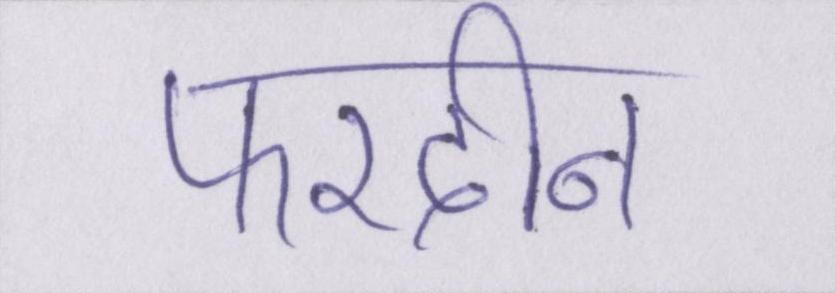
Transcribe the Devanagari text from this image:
फरदीन